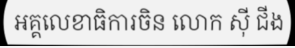
អគ្គលេខាធិការចិន លោក ស៊ី ជីង